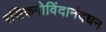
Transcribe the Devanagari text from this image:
रसिकगोविंदानंदधन